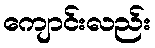
ကျောင်းလည်း